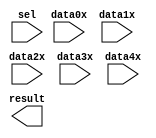
// megafunction wizard: %LPM_MUX%VBB%
// GENERATION: STANDARD
// VERSION: WM1.0
// MODULE: lpm_mux 

// ============================================================
// Megafunction Name(s):
// 			lpm_mux
// ============================================================
// ************************************************************
// THIS IS A WIZARD-GENERATED FILE. DO NOT EDIT THIS FILE!
//
// 6.0 Build 202 06/20/2006 SP 1 SJ Web Edition
// ************************************************************

//Copyright (C) 1991-2006 Altera Corporation
//Your use of Altera Corporation's design tools, logic functions 
//and other software and tools, and its AMPP partner logic 
//functions, and any output files any of the foregoing 
//(including device programming or simulation files), and any 
//associated documentation or information are expressly subject 
//to the terms and conditions of the Altera Program License 
//Subscription Agreement, Altera MegaCore Function License 
//Agreement, or other applicable license agreement, including, 
//without limitation, that your use is for the sole purpose of 
//programming logic devices manufactured by Altera and sold by 
//Altera or its authorized distributors.  Please refer to the 
//applicable agreement for further details.

module lpm_mux0 (
	data0x,
	data1x,
	data2x,
	data3x,
	data4x,
	sel,
	result);

	input	[31:0]  data0x;
	input	[31:0]  data1x;
	input	[31:0]  data2x;
	input	[31:0]  data3x;
	input	[31:0]  data4x;
	input	[2:0]  sel;
	output	[31:0]  result;

endmodule

// ============================================================
// CNX file retrieval info
// ============================================================
// Retrieval info: CONSTANT: LPM_SIZE NUMERIC "5"
// Retrieval info: CONSTANT: LPM_TYPE STRING "LPM_MUX"
// Retrieval info: CONSTANT: LPM_WIDTH NUMERIC "32"
// Retrieval info: CONSTANT: LPM_WIDTHS NUMERIC "3"
// Retrieval info: USED_PORT: data0x 0 0 32 0 INPUT NODEFVAL data0x[31..0]
// Retrieval info: USED_PORT: data1x 0 0 32 0 INPUT NODEFVAL data1x[31..0]
// Retrieval info: USED_PORT: data2x 0 0 32 0 INPUT NODEFVAL data2x[31..0]
// Retrieval info: USED_PORT: data3x 0 0 32 0 INPUT NODEFVAL data3x[31..0]
// Retrieval info: USED_PORT: data4x 0 0 32 0 INPUT NODEFVAL data4x[31..0]
// Retrieval info: USED_PORT: result 0 0 32 0 OUTPUT NODEFVAL result[31..0]
// Retrieval info: USED_PORT: sel 0 0 3 0 INPUT NODEFVAL sel[2..0]
// Retrieval info: CONNECT: result 0 0 32 0 @result 0 0 32 0
// Retrieval info: CONNECT: @data 0 0 32 128 data4x 0 0 32 0
// Retrieval info: CONNECT: @data 0 0 32 96 data3x 0 0 32 0
// Retrieval info: CONNECT: @data 0 0 32 64 data2x 0 0 32 0
// Retrieval info: CONNECT: @data 0 0 32 32 data1x 0 0 32 0
// Retrieval info: CONNECT: @data 0 0 32 0 data0x 0 0 32 0
// Retrieval info: CONNECT: @sel 0 0 3 0 sel 0 0 3 0
// Retrieval info: LIBRARY: lpm lpm.lpm_components.all
// Retrieval info: GEN_FILE: TYPE_NORMAL lpm_mux0.v TRUE
// Retrieval info: GEN_FILE: TYPE_NORMAL lpm_mux0.inc FALSE
// Retrieval info: GEN_FILE: TYPE_NORMAL lpm_mux0.cmp FALSE
// Retrieval info: GEN_FILE: TYPE_NORMAL lpm_mux0.bsf TRUE FALSE
// Retrieval info: GEN_FILE: TYPE_NORMAL lpm_mux0_inst.v FALSE
// Retrieval info: GEN_FILE: TYPE_NORMAL lpm_mux0_bb.v TRUE